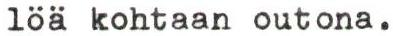
löä kohtaan outona.